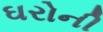
ઘરોની